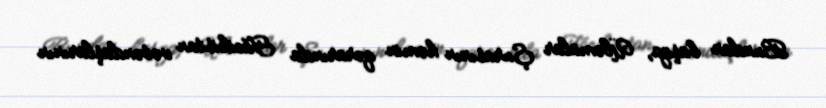
Bundan başqa, Üləmalar Şurasının həmin qərarında Tacikistan vətəndaşlarının